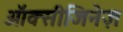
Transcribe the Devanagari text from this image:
ऑक्सीजिनेज़